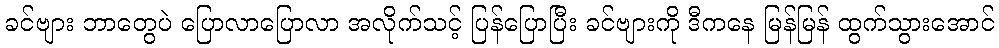
ခင်ဗျား ဘာတွေပဲ ပြောလာပြောလာ အလိုက်သင့် ပြန်ပြောပြီး ခင်ဗျားကို ဒီကနေ မြန်မြန် ထွက်သွားအောင်